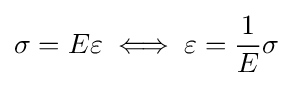
\sigma =E\varepsilon \iff \varepsilon ={\frac {1}{E}}\sigma